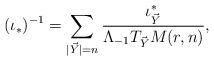
LaTeX: \begin{align*} (\iota_*)^{-1} = \sum_{|\vec{Y}| = n} \frac{\iota_{\vec{Y}}^*}{ \Lambda_{-1} T_{\vec{Y}} M(r,n) },\end{align*}